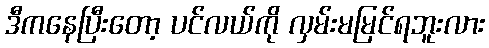
ဒီကနေပြီးတော့ ပင်လယ်ကို လှမ်းမမြင်ရဘူးလား